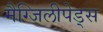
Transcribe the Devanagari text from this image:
मैग्जिलीपेड्स